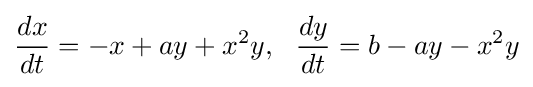
{\frac {dx}{dt}}=-x+ay+x^{2}y,~~{\frac {dy}{dt}}=b-ay-x^{2}y